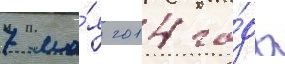
7 ма́я 2014 го́да